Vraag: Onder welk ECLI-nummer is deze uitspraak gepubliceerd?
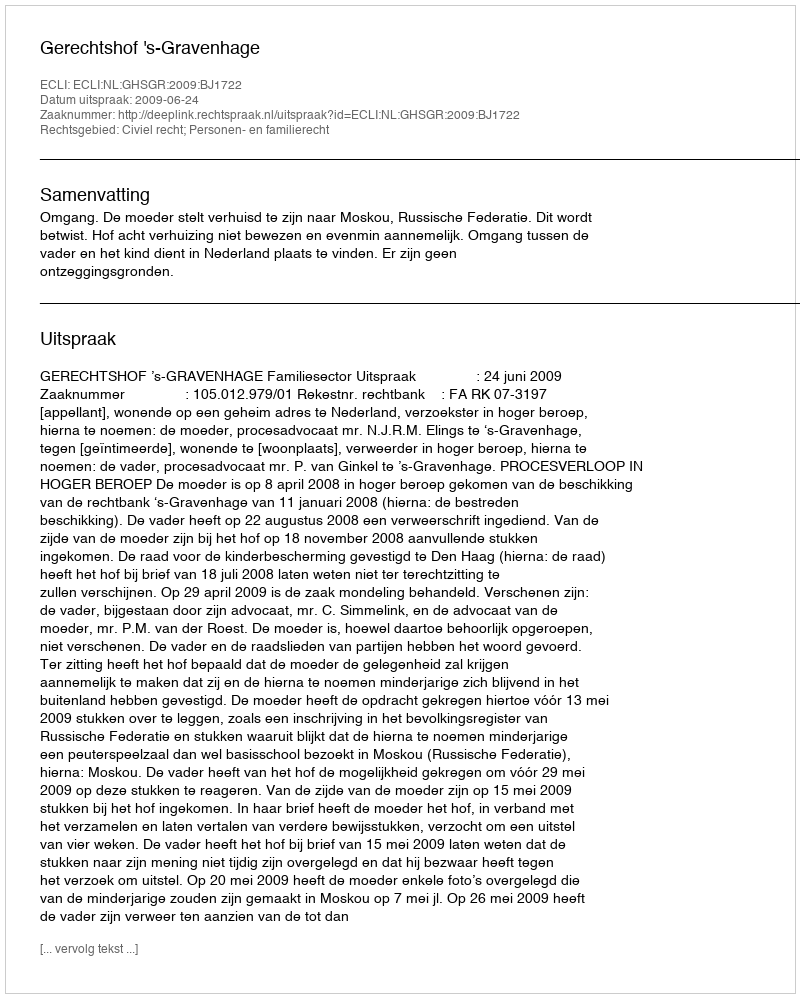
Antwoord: ECLI:NL:GHSGR:2009:BJ1722